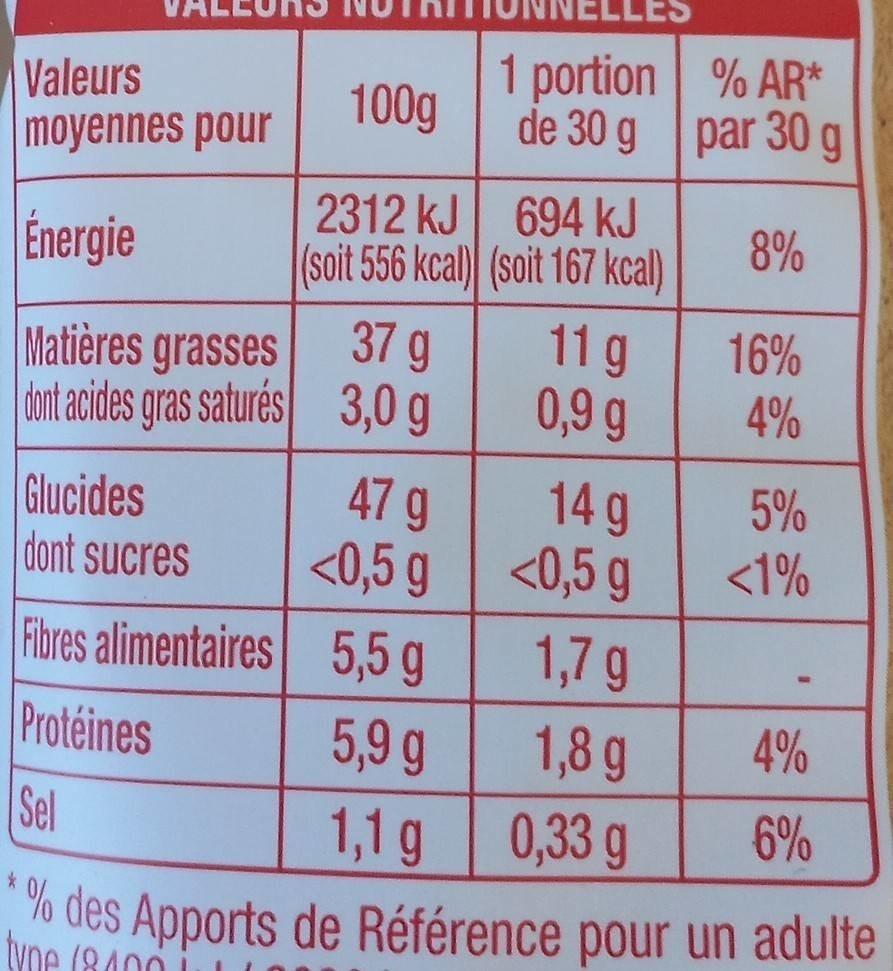
Valeurs moyennes pour
Énergie
Matières grasses
dont acides gras saturés
1 portion de 30 g
100g
2312 kJ
694 kJ
(soit 556 kcal) (soit 167 kcal)
37 g
3,0 g
11 g
0,9 g
% AR* par 30 g
8%
16%
4%
Glucides
47 g
14 g
dont sucres
<0,5 g
<0,5 g
Fibres alimentaires
5,5 g
1,7 g
Protéines
5,9 g
1,8 g
Sel
1,1 g
0,33 g
*
% des Apports de Référence pour un adulte
type (8400
5%
<1%
4%
6%